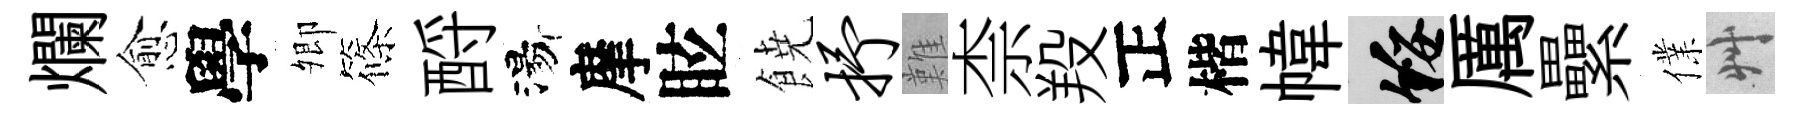
爛愈學𡖖篠酹湯摩眩𩜙抒難柰羖正楷幃綏厲纍㒒艸